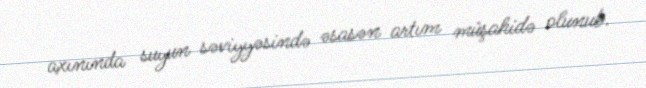
axınında suyun səviyyəsində əsasən artım müşahidə olunub.